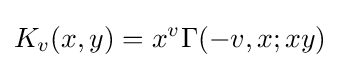
K_{v}(x,y)=x^{v}\Gamma (-v,x;xy)